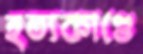
হত্যকাণ্ডে